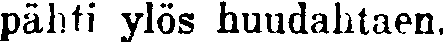
pähti ylös huudahtaen.